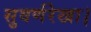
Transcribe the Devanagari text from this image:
सुवर्णरेखा।